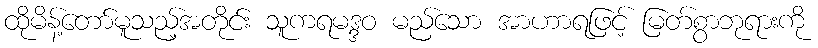
ထိုမိန့်တော်မူသည့်အတိုင်း သူကရမဒ္ဒဝ မည်သော အာဟာရဖြင့် မြတ်စွာဘုရားကို